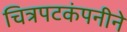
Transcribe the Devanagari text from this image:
चित्रपटकंपनीने